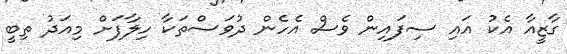
ގާޒީއާ އެކު އައި ސިފައިން ވެސް އެހެން ދުވަސްތަކާ ހިލާފަށް މިއަދު ތިބީ